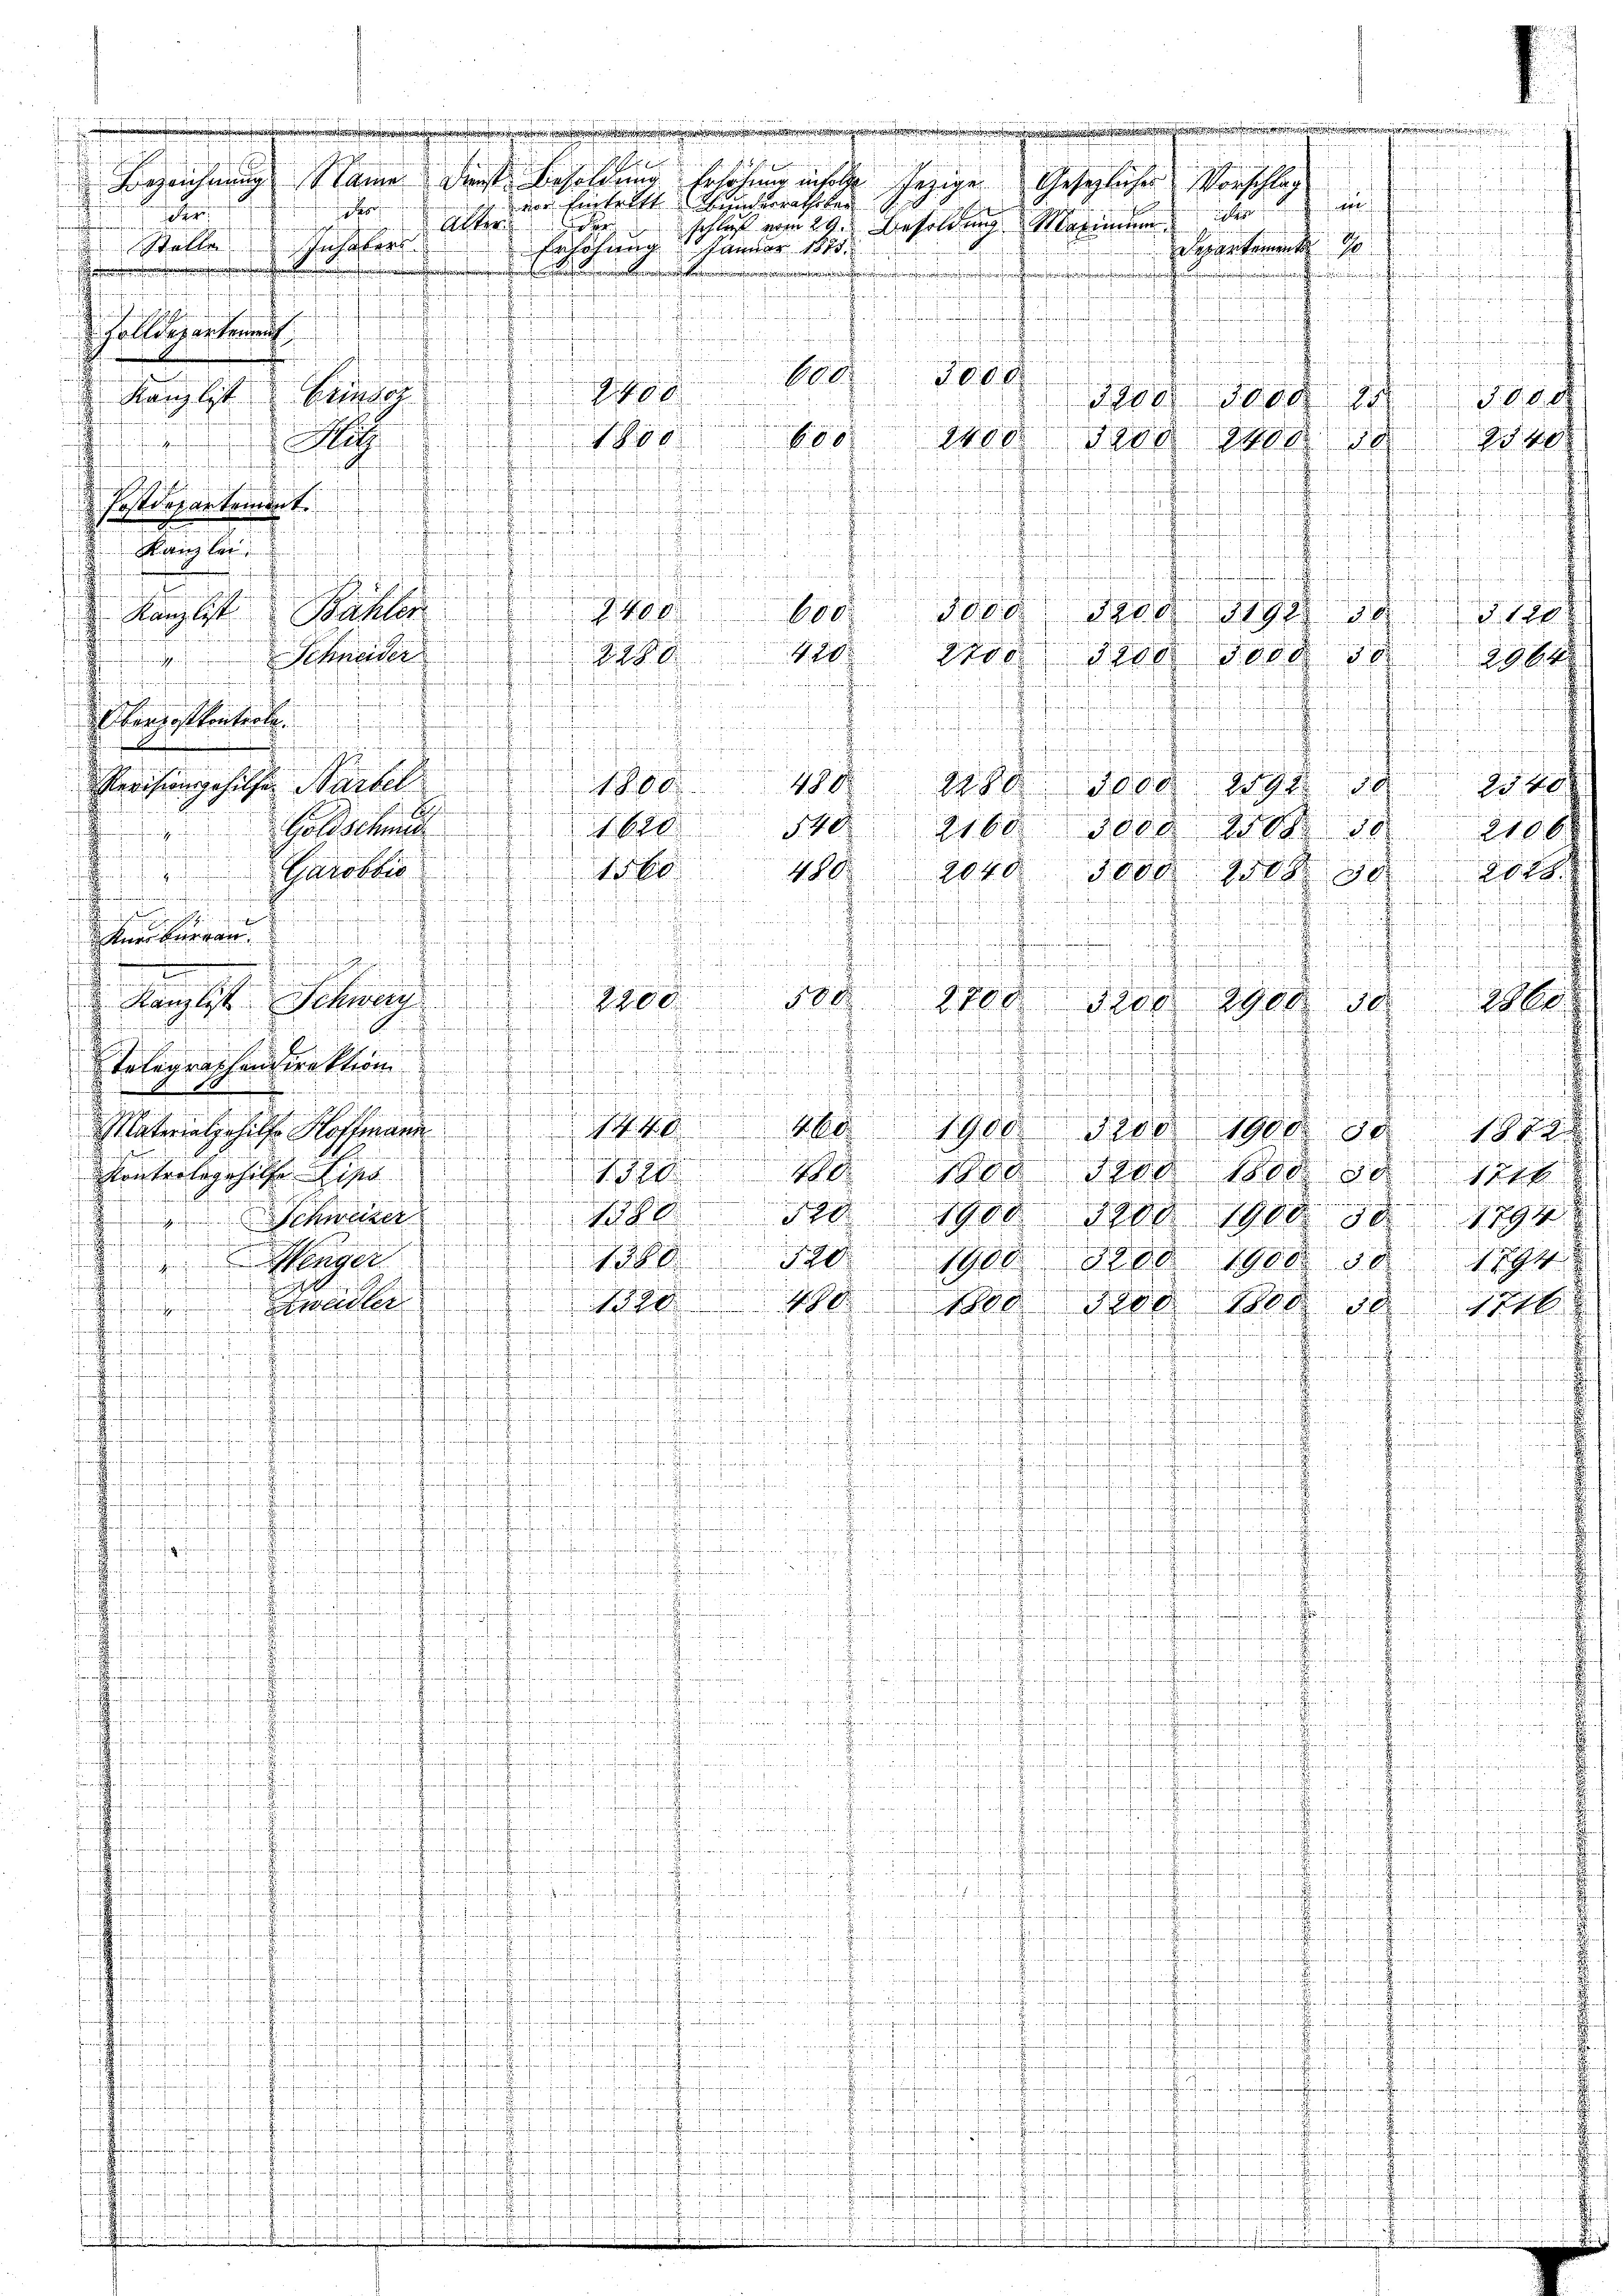
b

e
e
e

J S. Ihren Eigen
  wenn es men
Brzeichnung Name Dienst Besoldung Erhöhung insole herige Gesezlicher Vorschlag
wenigen erhin, dann auch wiedenartinere Einen
vor Eintritt inderrathe kei
efinde und se
Jafor
g
Ster
schluß vom 29. Besoldung Marinen der

n
Inhalers
 elle
Erhöhung
Januar 1875
derartement 1
¬
e
e
.
i meinger ver
.
fin fe

un verschriften, zu ihn herrechen finden

e
Fall des unterrich

fachen in den eigen beidenen
.
edenen nicht
.

.

10
3000
nngenen Generathenen den an den
.
e
 Rambt & seine 1890
3200. 3000 15 000
 Juin u
bi untenden
f
t
wegen
.
Mit 180000
1400 des 1808. 11540
Siehen seinen Ruhe auf
a
unserer Perferferten und einen

.
eene Peten der
 Postdepartement
.en in wahren
.

.
Kanzlei.
.
a
hementen
.en in
tnahme
n
d
ention gemachten einen
e

e

 Kambst Wahler 1900 000. 3000. 3200. 21988 15 § 120

d
f
420.
280
203 200 000 50
Schneider

e
a
h
t
ren
effenen Stel
n

.
.

.
lhandeskontrete

dherren sei er einen
z. Eintraf aufen anheren
ng mit aus unter die
sung nich
e finden rechen und
 nennen, u. w
diens den sie sie sich
1
¬
f
i
 x
een einen seinen
dahin
Merchengehilfen Nackel 1800
480. 2988. 3000. 1910.

 eine
Goldschung 1628 540
2160. 3000 218. 50
 n.
an findenten un

Garotti
156. 480. 2040.

3000 1808 80
c
in wahren, ich en

derchende rechen
ete ehe in der
derbe
e
ofen

nach den s
7.
n

. Recht
 veget

s
kursbergan
.
e
Retenten eine

.

daher sie hinfachen andenen
.
fandungen in Kreisen in anden, auf
if anden
e
u ich diese
 i e der
n
e
it
.
 Kant Schwen
2200. 500. 2700
3200. 2900. 102960

academischen
nherede in in
sehenden se
.
eimathe
2
fuenfereten,
s
 ee heuten
nant affenen
Telegraschendirektion
n
machter erstanz anhere Erneuen der h. dageg

.
a. die er mache in der
1
.
f

e
schen den Franche a
fachen de
e
4. 60
Materialgehilfe Hoffmann 10.
1900 1200 1900. 30 1882
e
anierten in den hat
kontertagehilfe lipe |
1377. 410. 1900 ddo 1800. 30. 126.
t
n
i
520
1900 1200. 1900 dd 1794
schieder 180
unferen
weife mehrenferd
 Menger.

1380 720.
1100 Nrod 1900. 30 1894
auf die
u

st
adter
48000. 3200. 1100. 101746
.
nferenden

.

th
auch aucharfen, er h. auf unte
.
7
anfanten nach anfangenden
.
 ehelichen

.

.
fraffend

e
.

e
e
a
.
.
.
enfanten den sehenden
.
n

.
n

.
Reparten

.
.
.
.

.
.
.
.
.

.
wache der der ein ich eingerechen
 . . . en
.
d
nenfanten anfanten fändernden heutenannte
  wie die den
achen hin anden d
.
.
.
n
ndchen heutenden

z
.
1
.
.
.
.
d
nnemen
nfenstrafen ihren Perfen. J. erganischen
.
.

.
.
e
Ratenfragen gemachterfrechen
.
.
e
.
.

.
.
umreicher Greifen meiner Finanzen
.
.
.
.
schfelden, besondere Renten
.
en
.
.
.

.
aher Beendenen
.
e
fenfchen

.
d
Pfaffenheiten fernennenen
.
nanden auch ohngesand
e
.
fenen sehenden

.
.
d
.
i
e
.
n die den
m.
.
.
.

r

u

rne

ich nichten in der der und den
den seien Grafengen
1

. sie einen

ienunterstehenden gerade in den

2964

Pernannten gerade
dd 40.
2106 x
20xx
ate und in Zeit
den nach nicht einen in

dem Herrn

n 1. J
r
uf
da

f